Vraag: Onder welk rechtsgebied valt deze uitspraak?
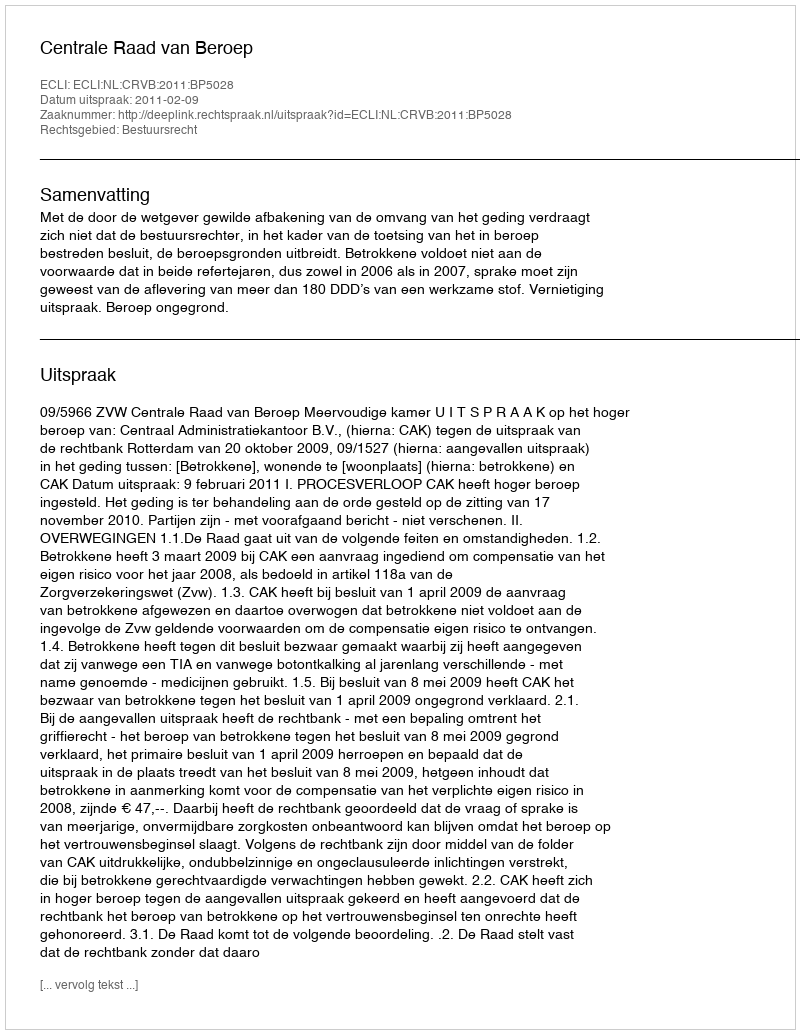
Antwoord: Bestuursrecht